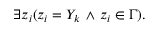
\exists z _ { i } ( z _ { i } = Y _ { k } \, \land \, z _ { i } \in \Gamma ) .